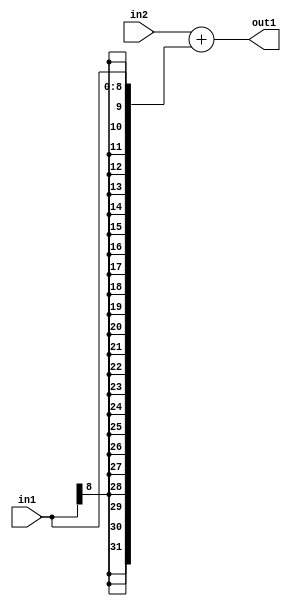
`timescale 1ps / 1ps
/*****************************************************************************
    Verilog RTL Description
    
    
    Created by: Stratus DpOpt 2019.1.01 
*******************************************************************************/

module fix2float_Add_32Sx9S_32S_4_2 (
	in2,
	in1,
	out1
	); /* architecture "behavioural" */ 
input [31:0] in2;
input [8:0] in1;
output [31:0] out1;
wire [31:0] asc001;

assign asc001 = 
	+(in2)
	+({{23{in1[8]}}, in1});

assign out1 = asc001;
endmodule

/* CADENCE  ubLzSwo= : u9/ySgnWtBlWxVPRXgAZ4Og= ** DO NOT EDIT THIS LINE ******/